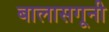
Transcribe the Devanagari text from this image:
बालासगूनी